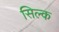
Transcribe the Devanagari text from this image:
सिल्‍क